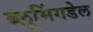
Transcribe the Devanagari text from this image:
ब्लूमिंगडेल